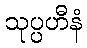
သုပ္ပဟီနံ